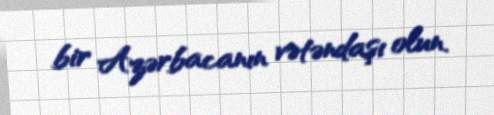
bir Azərbacanın vətəndaşı olun.